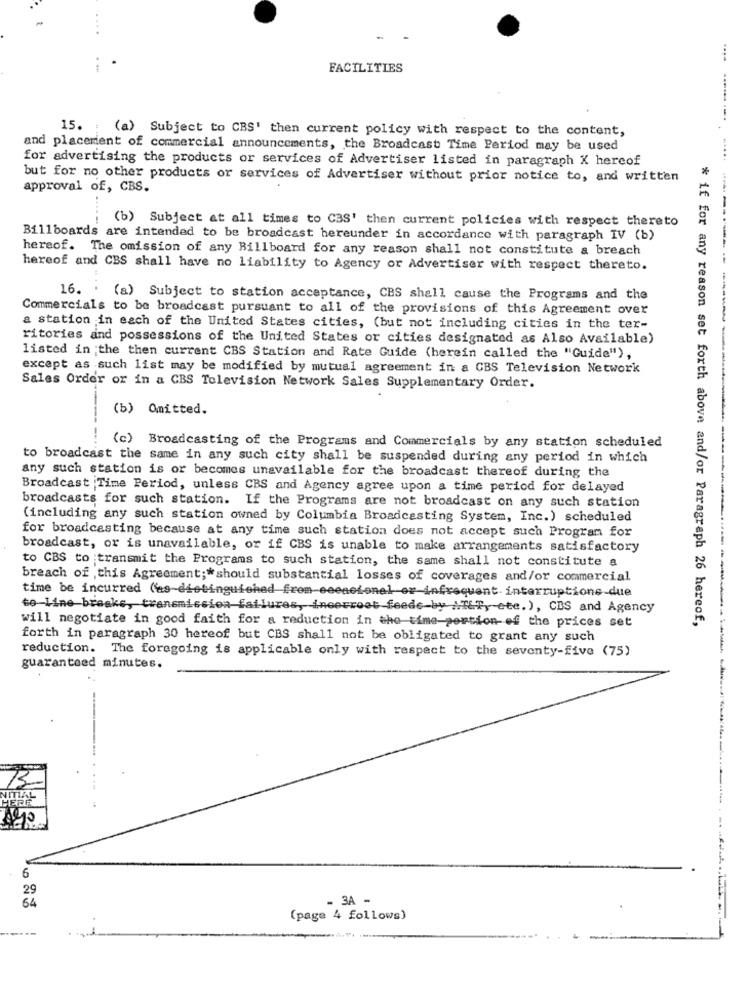
-
FACILITIES
15. : (a) Subject to CBS' then current policy with respect to the content,
and placement of commercial announcements, the Broadcast Time Period may be used
for advertising the products or services of Advertiser listed in paragraph X hercof
but for no other products or services of Advertiser without prior notice to, and written
approval of, CBS.
(b) Subject at all times to CBS' then current policies with respect thereto
Billboards are intended to be broadcast hereunder in accordance with paragraph IV (b)
hereof. The omission of any Billboard for any reason shall not constitute a breach
hereof and CBS shall have no liability to Agency or Advertiser with respect thereto.
16. .
(a) Subject to station acceptance, CBS shall cause the Programs and the
Commercials to be broadcast pursuant to all of the provisions of this Agreement over
---------
a station in each of the United States cities, (but not including cities in the ter-
ritories and possessions of the United States or cities designated as Also Available)
listed in the then current CBS Station and Rate Guide (herein called the "Guide"),
except as such list may be modified by mutual agreement in a CBS Television Network
Sales Order or in a CBS Television Network Sales Supplementary Order.
(b) Omitted.
(c) Broadcasting of the Programs and Commercials by any station scheduled
to broadcast the same in any such city shall be suspended during any period in which
any such station is or becomes unavailable for the broadcast thereof during the
Broadcast Time Period, unless CBS and Agency agree upon a time period for delayed
broadcasts for such station. If the Programs are not broadcast on any such station
(including any such station owned by Columbia Broadcasting System, Inc.) scheduled
for broadcasting because at any time such station does not accept such Program for
broadcast, or is unavailable, or if CBS is unable to make arrangements satisfactory
to CBS to transmit the Programs to such station, the same shall not constitute a
breach of this Agreement ;* should substantial losses of coverages and/or commercial
time be incurred (as-distinguished from seencional or infrequent interruptions-due
to-line breaks, transmission failures, incorrost feeds-by ALLT, etc. ), CDS and Agency
will negotiate in good faith for a reduction in the time-portion of the prices set
* if for any reason set forth above and/or Paragraph 26 hereof,
forth in paragraph 30 hereof but CBS shall not be obligated to grant any such
reduction. The foregoing is applicable only with respect to the seventy-five (75)
guaranteed minutes.
NITIAL
HERR
6
29
3A -
54
(page 4 follows)